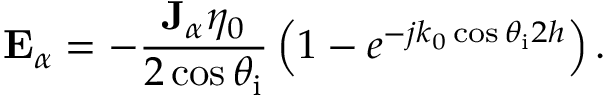
\mathbf { E } _ { \alpha } = - \frac { \mathbf { J } _ { \alpha } \eta _ { 0 } } { 2 \cos \theta _ { \mathrm { i } } } \left( 1 - e ^ { - j k _ { 0 } \cos \theta _ { \mathrm { i } } 2 h } \right) .